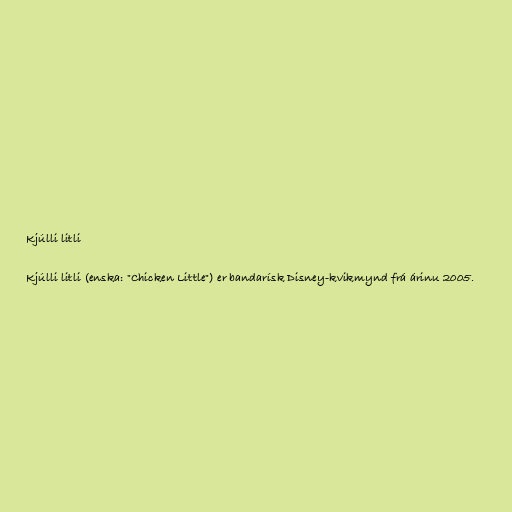
Kjúlli litli

Kjúlli litli (enska: "Chicken Little") er bandarísk Disney-kvikmynd frá árinu 2005.